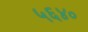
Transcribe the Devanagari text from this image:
५६४०